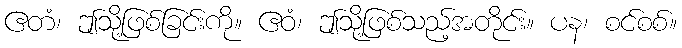
ဧတံ၊ ဤသို့ဖြစ်ခြင်းကို။ ဧဝံ၊ ဤသို့ဖြစ်သည့်အတိုင်း။ ပန၊ စင်စစ်။